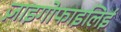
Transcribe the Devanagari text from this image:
ज़ाइगोफाइलिई